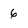
Character: 6